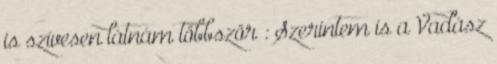
is szívesen látnám többször : Szerintem is a Vadász